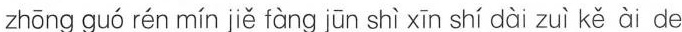
zhōng guó rén mín jiě fàng jūn shì xīn shí dài zuì kě ài de